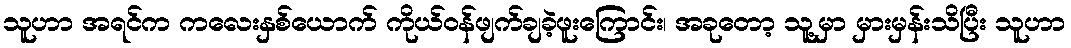
သူဟာ အရင်က ကလေးနှစ်ယောက် ကိုယ်ဝန်ဖျက်ချခဲ့ဖူးကြောင်း၊ အခုတော့ သူ့မှာ မှားမှန်းသိပြီး သူဟာ